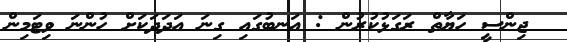
ޖިންސީ ހަޔާތް ރަގަޅުކުރުން : އަނބުގައި ގިނަ އަދަދަކަށް ހުންނަ ވިޓަމިން